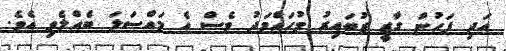
އަދި ފަހުން ގާޒީ ޒުބައިރު މުހައްމަދު ވެސް އެ މައްސަލަ ބެއްލެވި އެވެ.